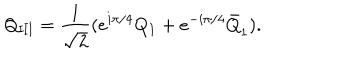
Q _ { \mathrm { I I I } } = \frac { 1 } { \sqrt { 2 } } ( e ^ { i \pi / 4 } Q _ { 1 } + e ^ { - i \pi / 4 } \bar { Q } _ { \dot { 1 } } ) .